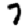
Digit: 7